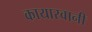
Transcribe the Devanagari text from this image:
कायारवानी